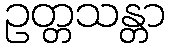
ဥတ္တသန္တာ